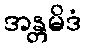
အန္တမိဒံ